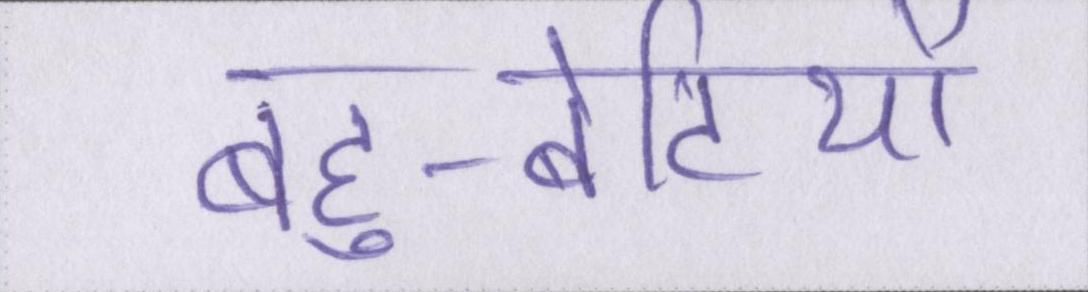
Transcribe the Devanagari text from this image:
बहु-बेटियों